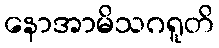
နောအာမိသဂရူတိ